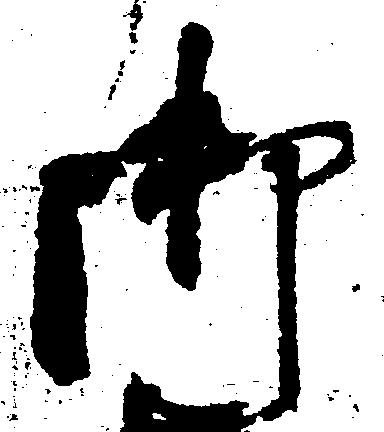
御